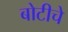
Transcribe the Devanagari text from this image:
बोटीचे